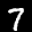
Label: 7